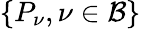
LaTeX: \{ P_{\nu},\nu\in\mathcal{B}\}